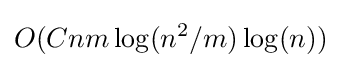
O(Cnm\log(n^{2}/m)\log(n))